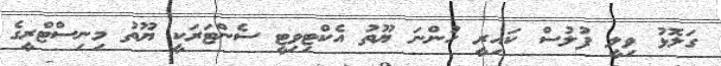
ގަލޮޅު ވިލީ ފުލުސް ކައިރީ ހުންނަ ޔޫތު އެކްޓިވިޓީ ސެންޓަރަކީ ޔޫތު މިނިސްޓްރީގެ